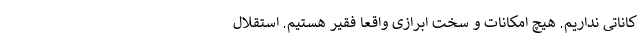
کاناتی نداریم. هیچ امکانات و سخت ابرازی واقعا فقیر هستیم. استقلال